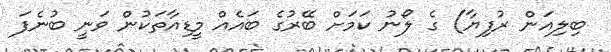
ބިލިއަން ރުފިޔާ) ގެ ލޯނު ކަމަށް ބޭރުގެ ބައެއް މީޑިއާތަކުން ވަނީ ބުނެފަ